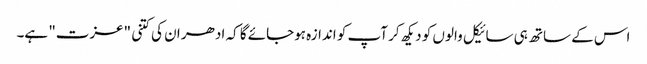
اس کے ساتھ ہی سائیکل والوں کو دیکھ کر آپ کو اندازہ ہوجائے گا کہ ادھر ان کی کتنی "عزت" ہے۔